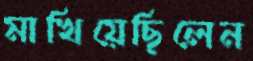
মাখিয়েছিলেন